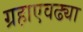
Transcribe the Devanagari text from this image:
ग्रहाएवढ्या